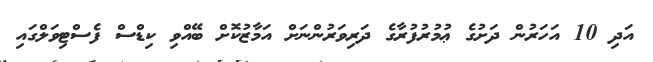
އަދި 10 އަހަރުން ދަށުގެ ޢުމުރުފުރާގެ ދަރިވަރުންނަށް އަމާޒުކޮށް ބޭއްވި ކިޑްސް ފެސްޓިވަލްގައި